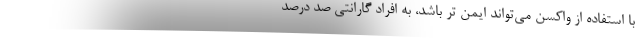
با استفاده از واکسن می‌تواند ایمن تر باشد، به افراد گارانتی صد درصد